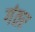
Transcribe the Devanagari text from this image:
गंतर